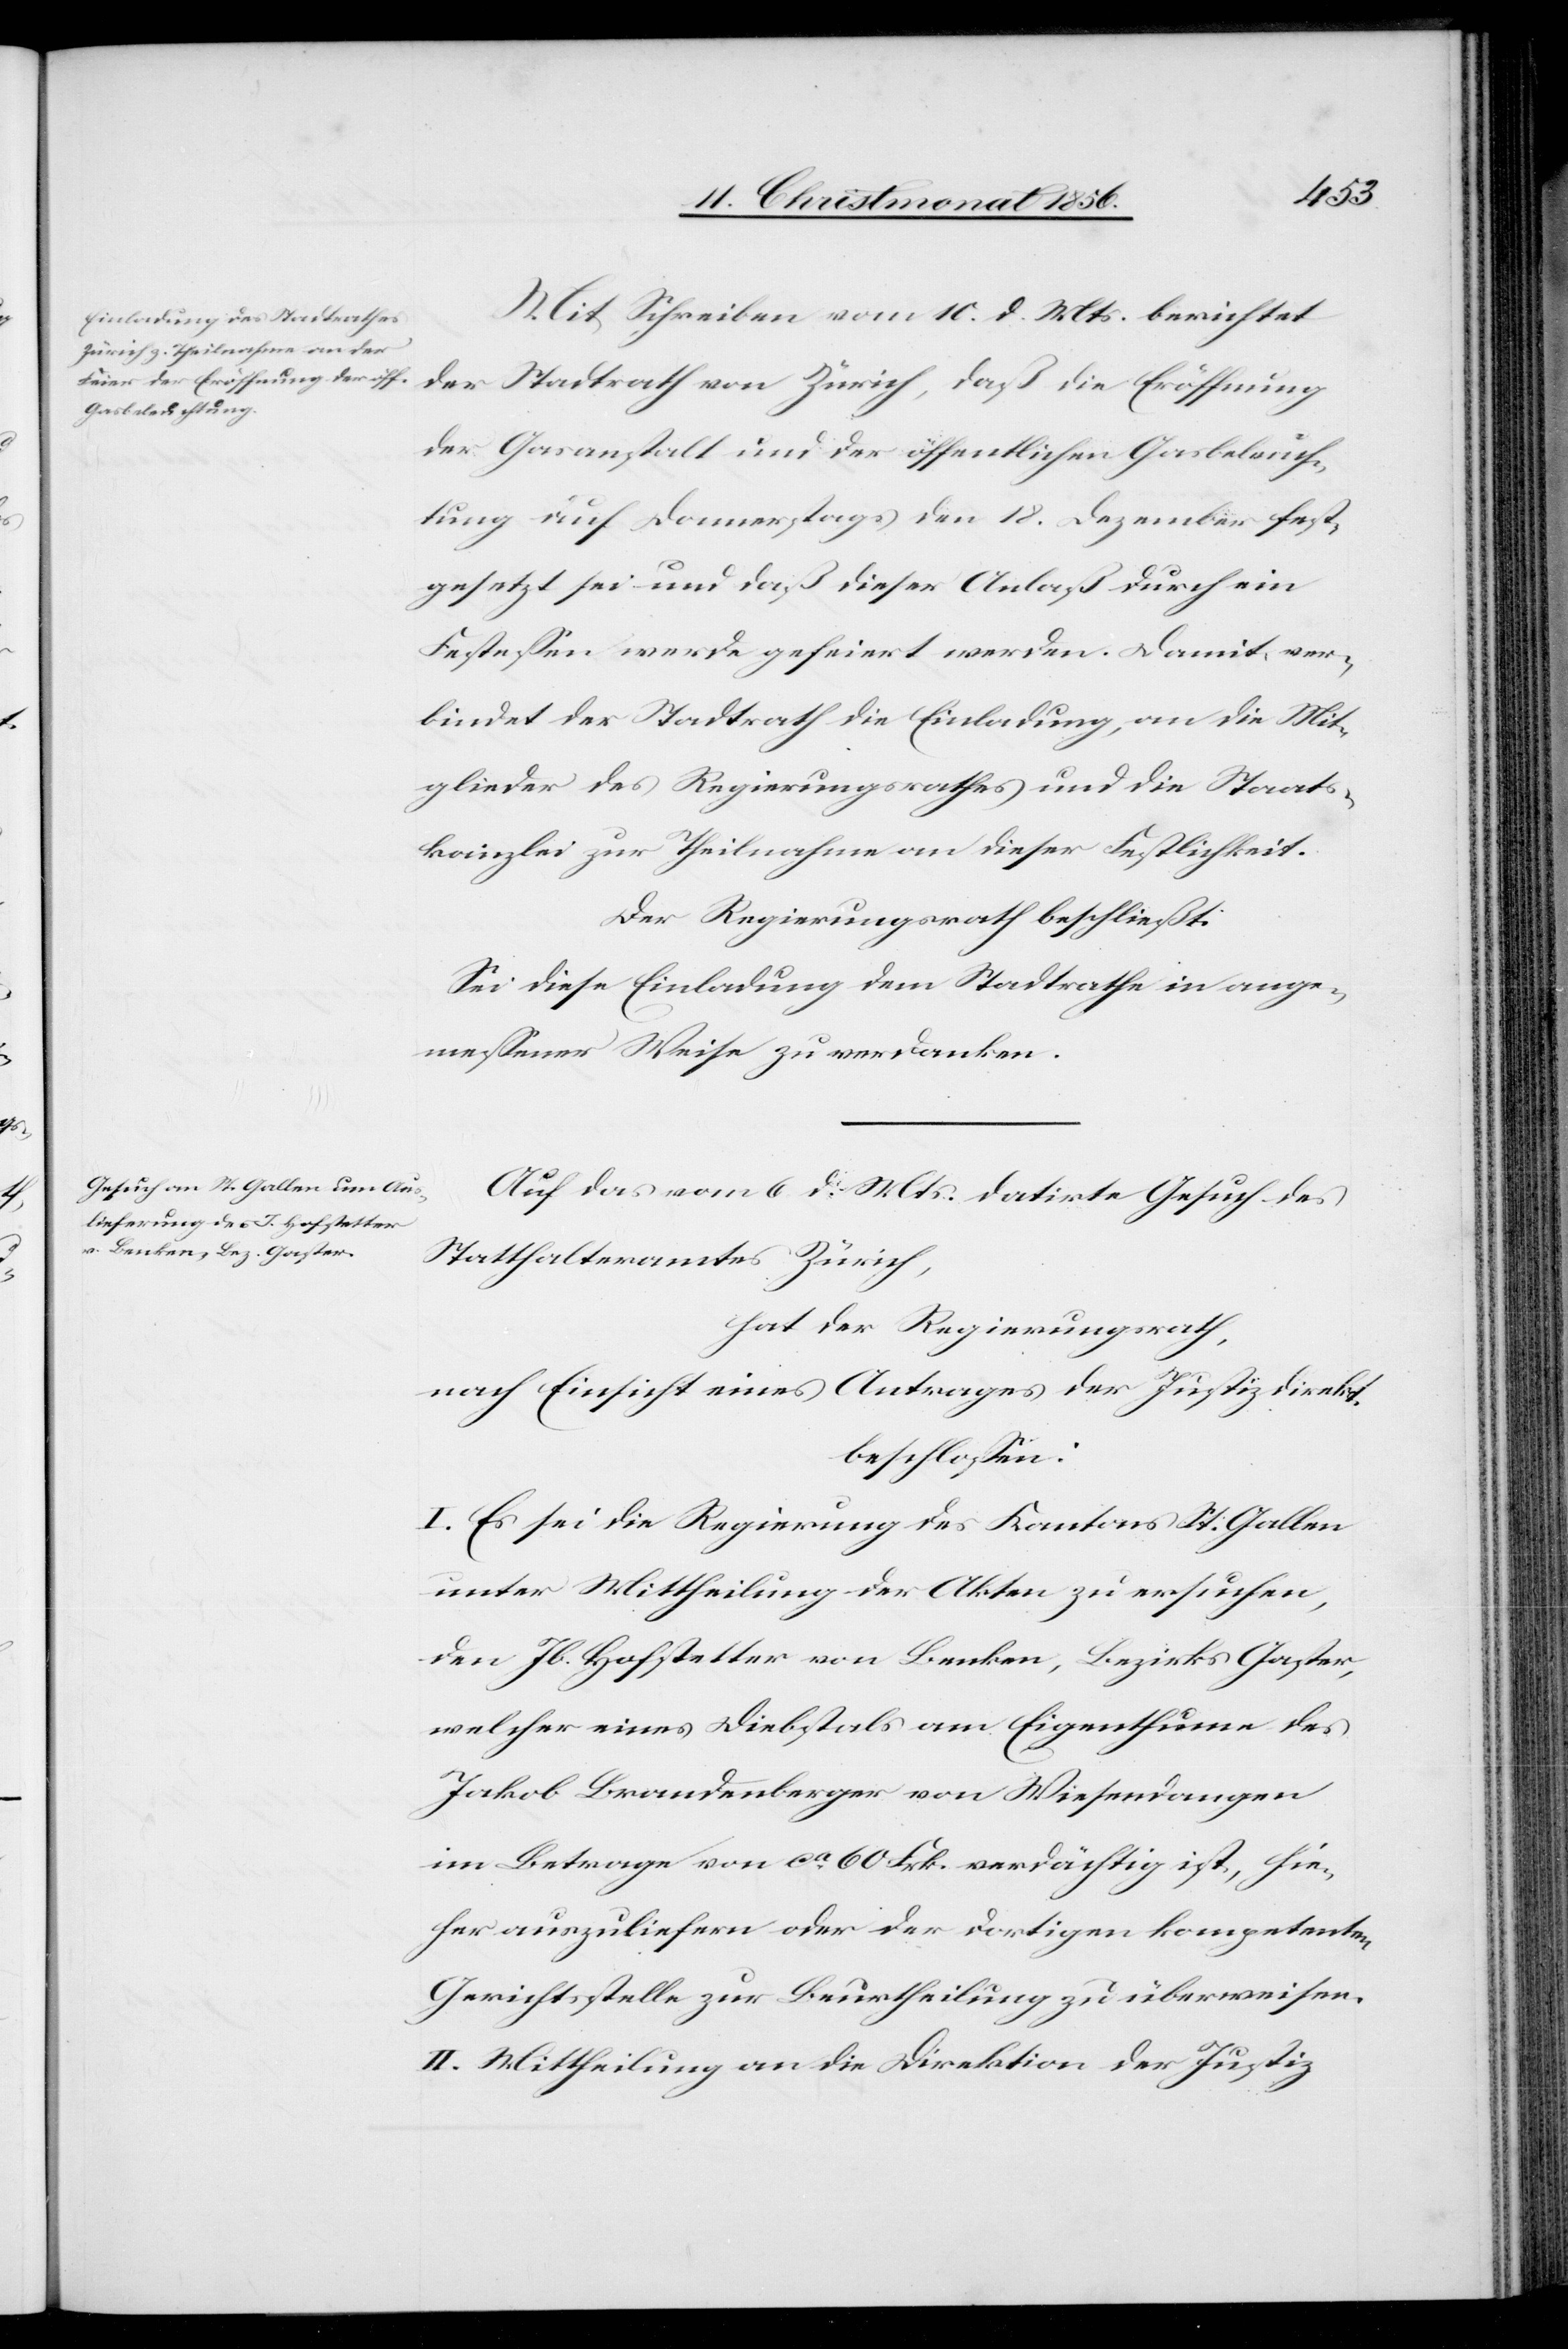
Mit Schreiben vom 10. d. Mts. berichtet
der Stadtrath von Zürich, daß die Eröffnung
der Gasanstalt und der öffentlichen Gasbeleuch¬
tung auf Donnerstags den 18. Dezember fest¬
gesetzt sei und daß dieser Anlaß durch ein
Festessen werde gefeiert werden. Damit ver¬
bindet der Stadtrath die Einladung, an die Mit¬
glieder des Regierungsrathes und die Staats¬
kanzlei zur Theilnahme an dieser Festlichkeit.
Der Regierungsrath beschließt:
Sei diese Einladung dem Stadtrathe in ange¬
messener Weise zu verdanken.
Auf das vom 6. d. Mts. datirte Gesuch des
Statthalteramtes Zürich,
hat der Regierungsrath,
nach Einsicht eines Antrages der Justizdirekt.
beschlossen:
I. Es sei die Regierung des Kantons St. Gallen
unter Mittheilung der Akten zu ersuchen,
den Jb. Hofstetter von Benken, Bezirks Gaster,
welcher eines Diebstals am Eigenthume des
Jakob Brandenberger von Wiesendangen
im Betrage von ca 60 Frk. verdächtig ist, hie¬
her auszuliefern oder der dortigen kompetenten
Gerichtsstelle zur Beurtheilung zu überweisen.
II. Mittheilung an die Direktion der Justiz